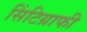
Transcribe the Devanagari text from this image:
सिंटिग्राफी